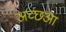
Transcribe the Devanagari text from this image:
अच्छआ